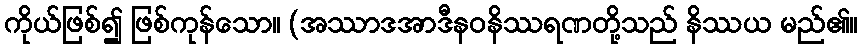
ကိုယ်ဖြစ်၍ ဖြစ်ကုန်သော။ (အဿာဒအာဒီနဝနိဿရဏတို့သည် နိဿယ မည်၏။